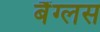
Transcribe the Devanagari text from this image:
बैंग्लस